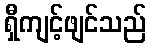
ရှီကျင့်ဖျင်သည်